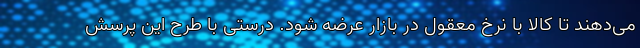
می‌دهند تا کالا با نرخ معقول در بازار عرضه شود. درستی با طرح این پرسش